Annual statistical returns and brief notes on vaccination in Bengal - 1909-1929
Year: 1909
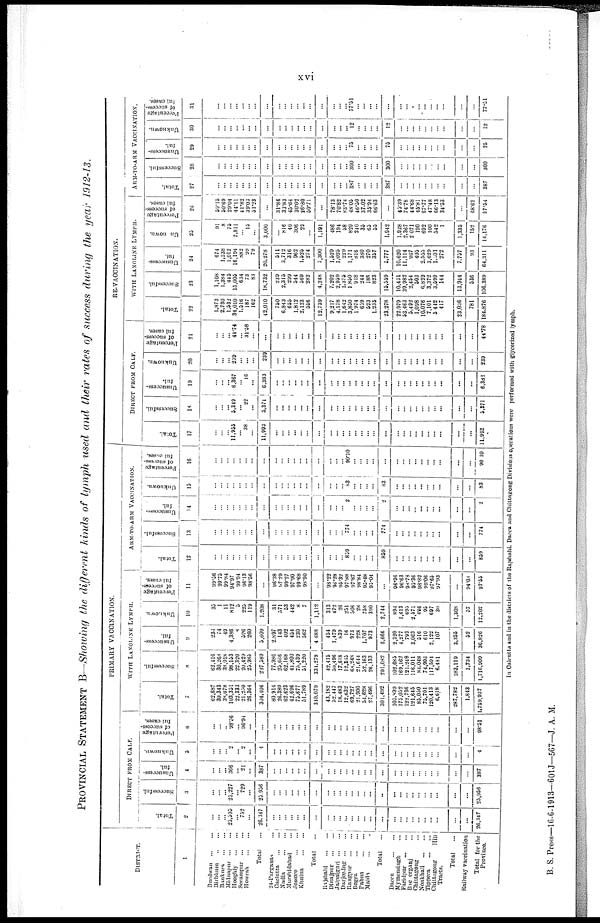
xvi
PROVINCIAL STATEMENT B—Showing the different kinds of lymph used and their rates of success during the year 1912-13.
DISTRICT.
1
Burdwan
...
...
Birbhum
...
...
Bankura
...
...
Midnapur
...
...
Hooghly
...
...
Sorampur
...
...
Howrah
...
...
Total ...
24-Parganas ...
Caclutta
...
...
Nadia
...
...
Murshidabad ...
Jessre
...
...
Khulna
...
...
Total ...
Rajshahi
...
...
Dinajpur
...
...
Jalpaiguri
...
...
Darjeeling
...
...
Rangpur
...
...
Bogra
...
...
Pabna
...
...
Malda ... ...
Total ...
Dacca
...
...
Mymensingh ...
Faridpur
...
...
Baceerganj ...
Chittagong ...
Noakhali
...
...
Tippera
...
...
Chittagong
Hill
Tracts.
Total ...
Railway vaccination
Total for the
Province.
PRIMARY VACCINATION.
DIRECT FROM CALF.
Total.
2
...
...
...
25,593
...
752
...
26,347
...
...
...
...
...
...
...
...
...
...
...
...
...
...
...
...
...
...
...
...
...
...
...
...
...
...
26,347
Successful.
3
...
...
...
25,227
...
720
...
25,056
...
...
...
...
...
...
...
...
...
...
...
...
...
...
...
...
...
...
...
...
...
...
...
...
...
...
25,056
Unsuccess-
ful.
4
...
...
...
366
...
21
...
387
...
...
...
...
...
...
...
...
...
...
...
...
...
...
...
...
...
...
...
...
...
...
...
...
...
...
387
Unknown.
5
...
...
...
2
... 2
...
4
...
...
...
...
...
...
...
...
...
...
...
...
...
...
...
...
...
...
...
...
...
...
...
...
...
...
4
Percentage
of success-
ful cases.
6
...
...
...
98.56
... 96.94
...
...
...
...
...
...
...
...
...
...
...
...
...
...
...
...
...
...
...
...
...
...
...
...
...
...
...
...
98.51
WITH LANOLINE LYMPH.
Total.
7
62,687
30,343
38,078
103,351
22,333
21,250
26,364
304,406
80,914
26,380
62,623
42,606
75,677
51,780
310,079
43,182
52,447
18,483
12,632
69,727
21,900
54,628
27,406
301,492
103,899
175,052
122,736
121,645
85,050
75,701
120,413
6,618
287,782
1,843
1,750,937
Successful.
8
62,116
30,268
38,018
98,153
22,320
20,429
25,985
297,589
77,986
25,666
62,168
44,800
75,439
51,220
331,279
42,415
50,496
17,618
12,355
68,248
21,644
52,163
26,133
291,082
102,685
169,162
121,248
116,011
84,048
74,996
117,594
6,481
283,119
1,734
1,716,909
Unsuccess-
ful.
9
233
74
49
4,386
8
596
260
5,600
2,897
143
402
454
230
562
4,688
454
1,479
839
16
973
228
1,707
973
6,666
2,320
4,277
793
3,063
516
610
2,422
107
3,355
52
36,826
Unknown.
10
35
1
II
812
5
225
119
1,208
31
571
53
442
8
7
1,112
313
472
26
251
506
28
758
390
2,744
894
1,613
695
2,571
486
95
697
30
1,308
57
12,202
Percentage
of success-
ful cases.
11
99.56
99.75
99.84
94.97
99.94
96.13
98.56
...
96.38
97.29
99.27
97.90
99.68
98.90
...
98.22
96.28
95.32
97.88
97.87
98.84
95.48
95.04
...
96.96
96.63
98.78
95.36
98.82
99.06
97.65
97.93
...
94.08
97.55
ARM-TO-ARM VACCINATION.
Total.
12
...
...
...
...
...
...
...
...
...
...
...
...
...
...
...
...
...
...
859
...
...
...
...
859
...
...
...
...
...
...
...
...
...
...
859
Successful.
13
...
...
...
...
...
...
...
...
...
...
...
...
...
...
...
...
...
...
774
...
...
...
...
774
...
...
...
...
...
...
...
...
...
...
774
Unsuccess-
ful.
14
...
...
...
...
...
...
...
...
...
...
...
...
...
...
...
...
...
...
4
...
...
...
...
2
...
...
...
...
...
...
...
...
...
...
2
Unknown.
15
...
...
...
...
...
...
...
...
...
...
...
...
...
...
...
...
...
...
83
...
...
...
...
83
...
...
...
...
...
...
...
...
...
...
83
Percentage
of success-
ful cases.
16
...
...
...
...
...
...
...
...
...
...
...
...
...
...
...
...
...
...
90.10
...
...
...
...
...
...
...
...
...
...
...
...
...
...
...
90.10
RE-VACCINATION.
DIRECT FROM CALF.
Total.
17
...
...
...
11,955
... 38
...
11,993
...
...
...
...
...
...
...
...
...
...
...
...
...
...
...
...
...
...
...
...
...
...
...
...
...
...
11,992
Successful.
18
...
...
...
5,349
...
22
...
5,371
...
...
...
...
...
...
...
...
...
...
...
...
...
...
...
...
...
...
...
...
...
...
...
...
...
...
5,371
Unsuccess-
ful.
19
...
...
...
6,367
...
16
...
6,383
...
...
...
...
...
...
...
...
...
...
...
...
...
...
...
...
...
...
...
...
...
...
...
...
...
...
6,383
Unknown.
20
...
...
...
239
...
...
...
239
...
...
...
...
...
...
...
...
...
...
...
...
...
...
...
...
...
...
...
...
...
...
...
...
...
...
239
Percentage
of success-
ful cases.
21
...
...
... 44.74
... 31.58
...
...
...
...
...
...
...
...
...
...
...
...
...
...
...
...
...
...
...
...
...
...
...
...
...
...
...
...
44.78
WITH LANOLINE LYMPH.
Total.
22
1,873
2,730
1,532
34,010
1,516
187
162
42,010
750
6,843
655
1,812
2,123
556
12,739
9,217
4,178
1,642
3,850
1,974
659
523
1,235
23,278
22,979
53,463
5,492
1,098
10,076
7,101
5,442
417
23,036
781
184,876
Successful.
23
1,108
1,384
445
15,005
634
73
83
18,732
239
2,315
290
544
569
282
4,248
7,202
2,959
1,375
1,850
918
244
188
823
15,559
10,431
30,982
2,454
503
6,820
3,372
3,599
144
13,944
536
106,389
Unsuccess-
ful.
24
674
1,338
1,012
16,194
882
99
79
20,278
511
3,712
316
962
1,525
274
7,300
1,529
1,025
229
1,171
816
380
270
357
5,777
10,620
11,114
967
405
2,555
3,629
1,001
272
7,757
93
64,311
Unknown.
25
91
8
75
2,811
...
15
...
3,000
...
816
40
306
29
...
1,191
486
104
58
829
240
35
63
55
1,942
1,928
2,367
2,071
190
692
100
542
1
1,335
152
14,176
Percentage
of success-
ful cases.
26
59.15
50.69
29.04
44.11
41.82
30.03
51.23
...
31.86
33.83
45.64
30.02
26.80
50.71
...
78.13
70.82
83.74
48.05
46.50
37.02
35.94
66.63
...
43.39
74.78
44.68
45.81
67.77
47.48
66.13
34.53
...
68.62
57.54
ARM-TO-ARM VACCINATION.
Total.
27
...
...
...
...
...
...
...
...
...
...
...
...
...
...
...
...
...
...
387
...
...
...
...
387
...
...
...
...
...
...
...
...
...
...
387
Successful.
28
...
...
...
...
...
...
...
...
...
...
...
...
...
...
...
...
...
...
300
...
...
...
...
300
...
...
...
...
...
...
...
...
...
...
300
Unsuccess-
ful.
29
...
...
...
...
...
...
...
...
...
...
...
...
...
...
...
...
...
...
75
...
...
...
...
75
...
...
...
...
...
...
...
...
...
...
75
Unknown.
30
...
...
...
...
...
...
...
...
...
...
...
...
...
...
...
...
...
...
12
...
...
...
...
12
...
...
...
...
...
...
...
...
...
...
12
Percentage
of success-
ful cases.
31
...
...
...
...
...
...
...
...
...
...
...
...
...
...
...
...
...
...
77.51
...
...
...
...
...
...
...
...
...
...
...
...
...
...
...
77.51
In Calcutta and in the districts of the Rajshahi. Dacca and Chittagong Divisions operations were performed with glycerized lymph.
B. S. Press—16-6-1913—601J—567—J. A. M.